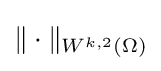
\|\cdot \|_{W^{k,2}(\Omega )}